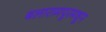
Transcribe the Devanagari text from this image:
बलारामपूरमधून